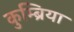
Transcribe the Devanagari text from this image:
कुम्ब्रिया